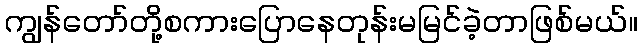
ကျွန်တော်တို့စကားပြောနေတုန်းမမြင်ခဲ့တာဖြစ်မယ်။